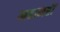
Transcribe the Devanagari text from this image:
महामहीं